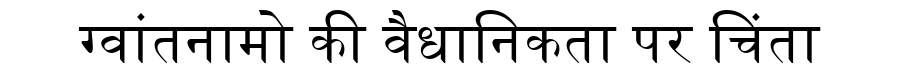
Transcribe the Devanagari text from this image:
ग्वांतनामो की वैधानिकता पर चिंता